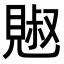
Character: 𧡕